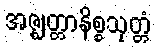
အဇ္ဈတ္တာနိစ္စသုတ္တံ